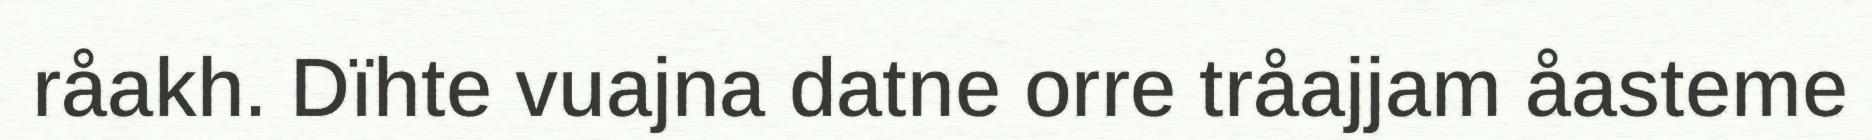
råakh. Dïhte vuajna datne orre tråajjam åasteme